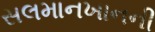
સલમાનખાનની